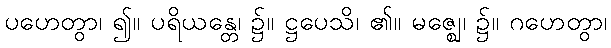
ပဟေတွာ၊ ၍။ ပရိယန္တေ၊ ၌။ ဋ္ဌပေသိ၊ ၏။ မဇ္ဈေ၊ ၌။ ဂဟေတွာ၊